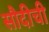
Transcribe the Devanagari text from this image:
सौदीची